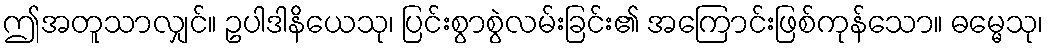
ဤအတူသာလျှင်။ ဥပါဒါနိယေသု၊ ပြင်းစွာစွဲလမ်းခြင်း၏ အကြောင်းဖြစ်ကုန်သော။ ဓမ္မေသု၊